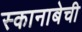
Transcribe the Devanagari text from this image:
स्कानाबेची